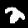
Digit: 2